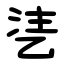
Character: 乼